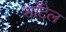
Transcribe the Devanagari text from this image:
शाँटेल